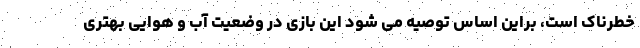
خطرناک است، براین اساس توصیه می شود این بازی در وضعیت آب و هوایی بهتری